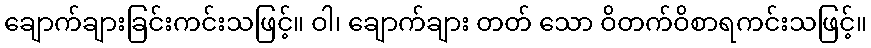
ချောက်ချားခြင်းကင်းသဖြင့်။ ဝါ၊ ချောက်ချား တတ် သော ဝိတက်ဝိစာရကင်းသဖြင့်။